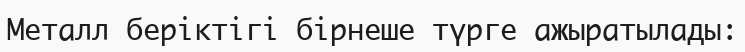
Металл беріктігі бірнеше түрге ажыратылады: